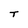
Character: T